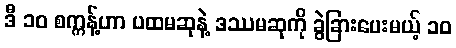
ဒီ ၁၀ စက္ကန့်ဟာ ပထမဆုနဲ့ ဒဿမဆုကို ခွဲခြားပေးမယ့် ၁၀